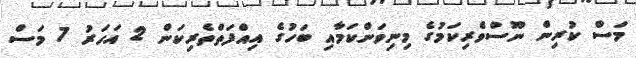
މަސް ކުރިން ނޫސްވެރިކަމުގެ މިނިވަންކަމާއި ބަހުގެ އިއްފަތްތެރިކަން 2 އަހަރު 7 މަސް